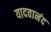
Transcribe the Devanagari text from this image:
यादवानंद